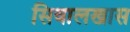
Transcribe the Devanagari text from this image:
सिवालखास